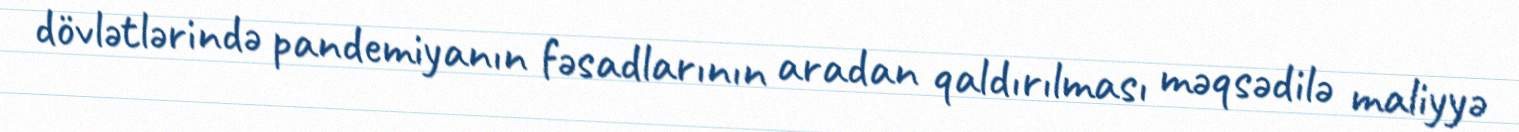
dövlətlərində pandemiyanın fəsadlarının aradan qaldırılması məqsədilə maliyyə